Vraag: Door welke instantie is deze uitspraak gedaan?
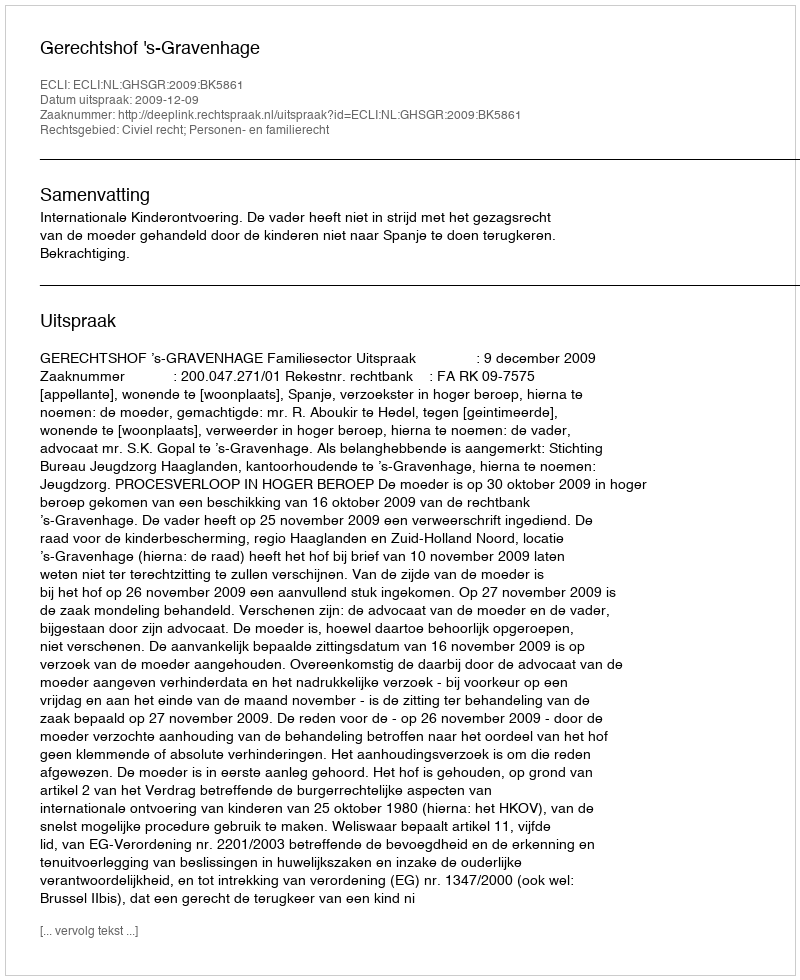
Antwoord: Gerechtshof 's-Gravenhage